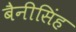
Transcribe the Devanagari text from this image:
बैनीसिंह